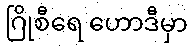
ဂြိုစီရေ ဟောဒီမှာ